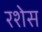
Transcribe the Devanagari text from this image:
रशेस